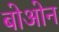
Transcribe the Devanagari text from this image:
बोओन